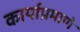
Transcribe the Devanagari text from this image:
कार्याप्रमाणे